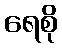
ရေစို